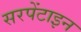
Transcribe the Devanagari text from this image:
सरपेंटाइन